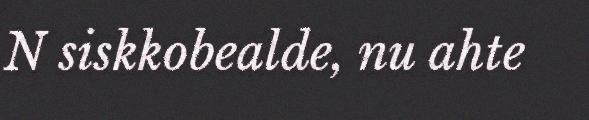
N siskkobealde, nu ahte